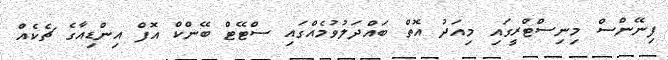
ފިނޭންސް މިނިސްޓްރީގައި މިއަދު އޮތް ބައްދަލުވުމެއްގައި ސްޓޭޓް ބޭންކް އޮފް އިންޑިއާގެ ޗެކެއް